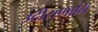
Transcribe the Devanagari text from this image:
उदीराणानि